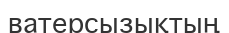
ватерсызықтың